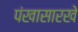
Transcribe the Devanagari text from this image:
पंखासारखे